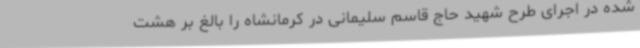
شده در اجرای طرح شهید حاج قاسم سلیمانی در کرمانشاه را بالغ بر هشت